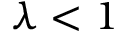
\lambda < 1